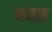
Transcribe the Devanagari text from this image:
नव्ग्रह